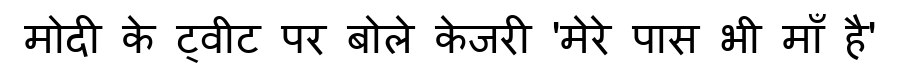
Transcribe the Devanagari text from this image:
मोदी के ट्वीट पर बोले केजरी 'मेरे पास भी माँ है'